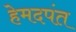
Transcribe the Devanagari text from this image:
हेमदपंत